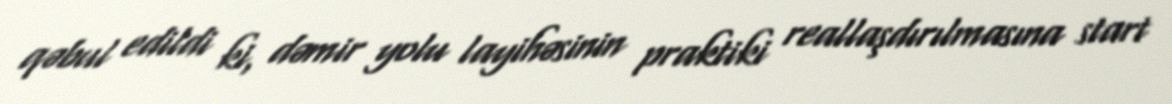
qəbul edildi ki, dəmir yolu layihəsinin praktiki reallaşdırılmasına start